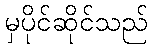
မှပိုင်ဆိုင်သည်